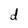
Character: d